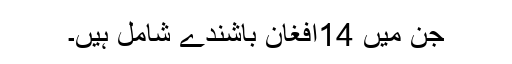
جن میں 14افغان باشندے شامل ہیں۔